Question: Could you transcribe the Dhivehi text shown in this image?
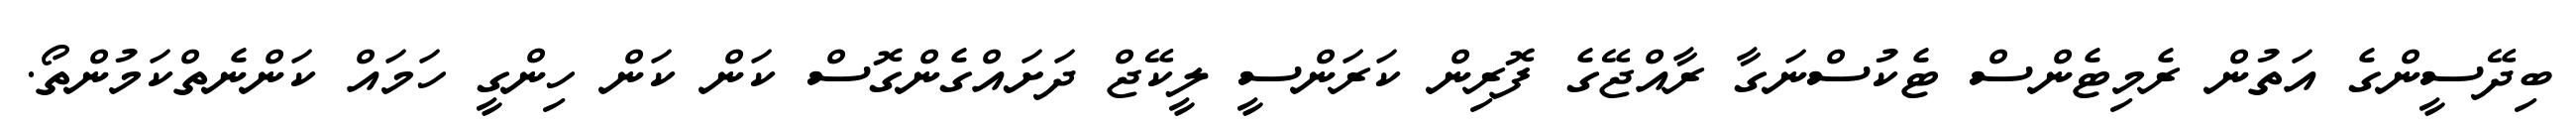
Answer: ބިދޭސީންގެ އަތުން ރެމިޓެންސް ޓެކުސްނަގާ ރާއްޖޭގެ ފޮރިން ކަރަންސީ ލީކޭޖް ދަށައްގެންގޮސް ކަން ކަން ހިންގީ ހަމައް ކަންނެތްކަމުންތޯ.